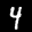
Label: 4